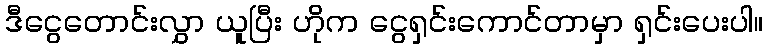
ဒီငွေတောင်းလွှာ ယူပြီး ဟိုက ငွေရှင်းကောင်တာမှာ ရှင်းပေးပါ။